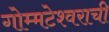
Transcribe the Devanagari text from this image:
गोम्मटेश्वराची